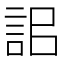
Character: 𧦫